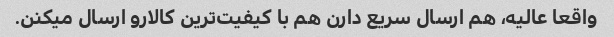
واقعا عالیه، هم ارسال سریع دارن هم با کیفیت‌ترین کالارو ارسال میکنن.